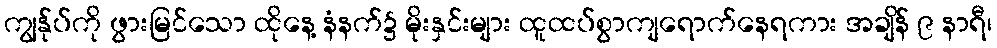
ကျွန်ုပ်ကို ဖွားမြင်သော ထိုနေ့ နံနက်၌ မိုးနှင်းများ ထူထပ်စွာကျရောက်နေရကား အချိန် ၉ နာရီ၊